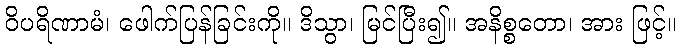
ဝိပရိဏာမံ၊ ဖေါက်ပြန်ခြင်းကို။ ဒိသွာ၊ မြင်ပြီး၍။ အနိစ္စတော၊ အား ဖြင့်။